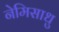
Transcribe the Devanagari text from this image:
नेमिसाधु